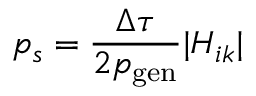
p _ { s } = \frac { \Delta \tau } { 2 p _ { \mathrm { g e n } } } | H _ { i k } |